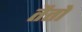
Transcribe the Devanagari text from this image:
तैतो